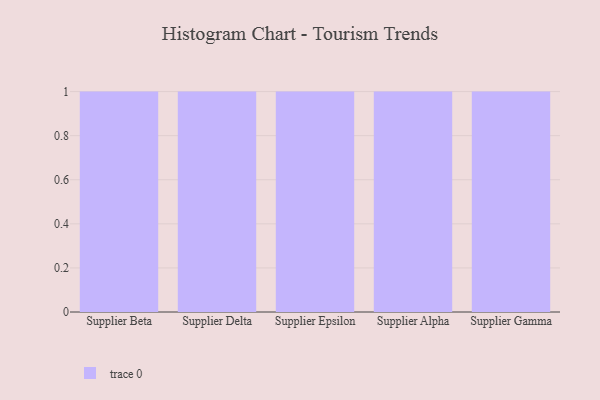
{"axis": {"x": "Supplier", "y": "Revenue (USD Million)"}, "legend": [""], "data": [{"x": "Supplier Beta", "y": 13, "type": ""}, {"x": "Supplier Delta", "y": 74, "type": ""}, {"x": "Supplier Epsilon", "y": 82, "type": ""}, {"x": "Supplier Alpha", "y": 73, "type": ""}, {"x": "Supplier Gamma", "y": 9, "type": ""}]}